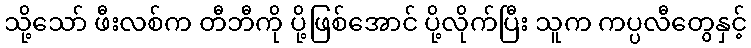
သို့သော် ဖီးလစ်က တီဘီကို ပို့ဖြစ်အောင် ပို့လိုက်ပြီး သူက ကပ္ပလီတွေနှင့်